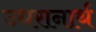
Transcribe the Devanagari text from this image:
उधरानार्थ